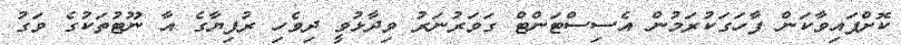
ކޮށްފައިވާކަން ފާހަގަކުރަމުން އެސިސްޓަންޓް ގަވަރުނަރު ވިދާޅުވީ ދިވެހި ރުފިޔާގެ އާ ނޫޓުތަކުގެ ވަގު